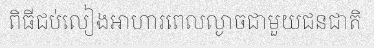
ពិធីជប់លៀងអាហារពេលល្ងាចជាមួយជនជាតិ